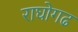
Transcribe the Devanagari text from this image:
राघोगढ